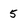
Character: 5